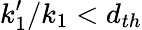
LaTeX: k_{1}^{\prime}/k_{1}<d_{th}